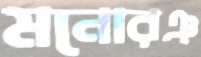
মনোরঞ্